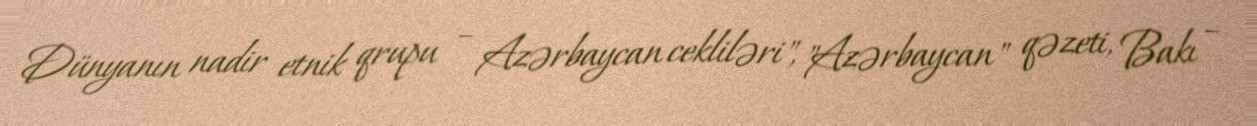
Dünyanın nadir etnik qrupu – Azərbaycan cekliləri", "Azərbaycan" qəzeti, Bakı –